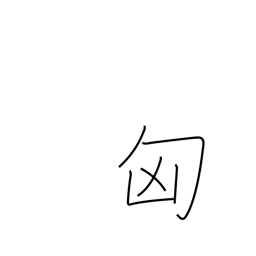
Meaning: Hungary